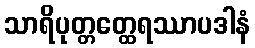
သာရိပုတ္တတ္ထေရဿာပဒါနံ